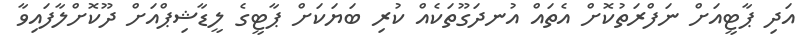
އަދި ޕާޓީއަށް ނަފްރަތުކޮށް އެތައް އުނދަގޫތަކެއް ކުރި ބަޔަކަށް ޕާޓީގެ ލީޑާޝިޕްއަށް ދޫކޮށްލާފައިވާ